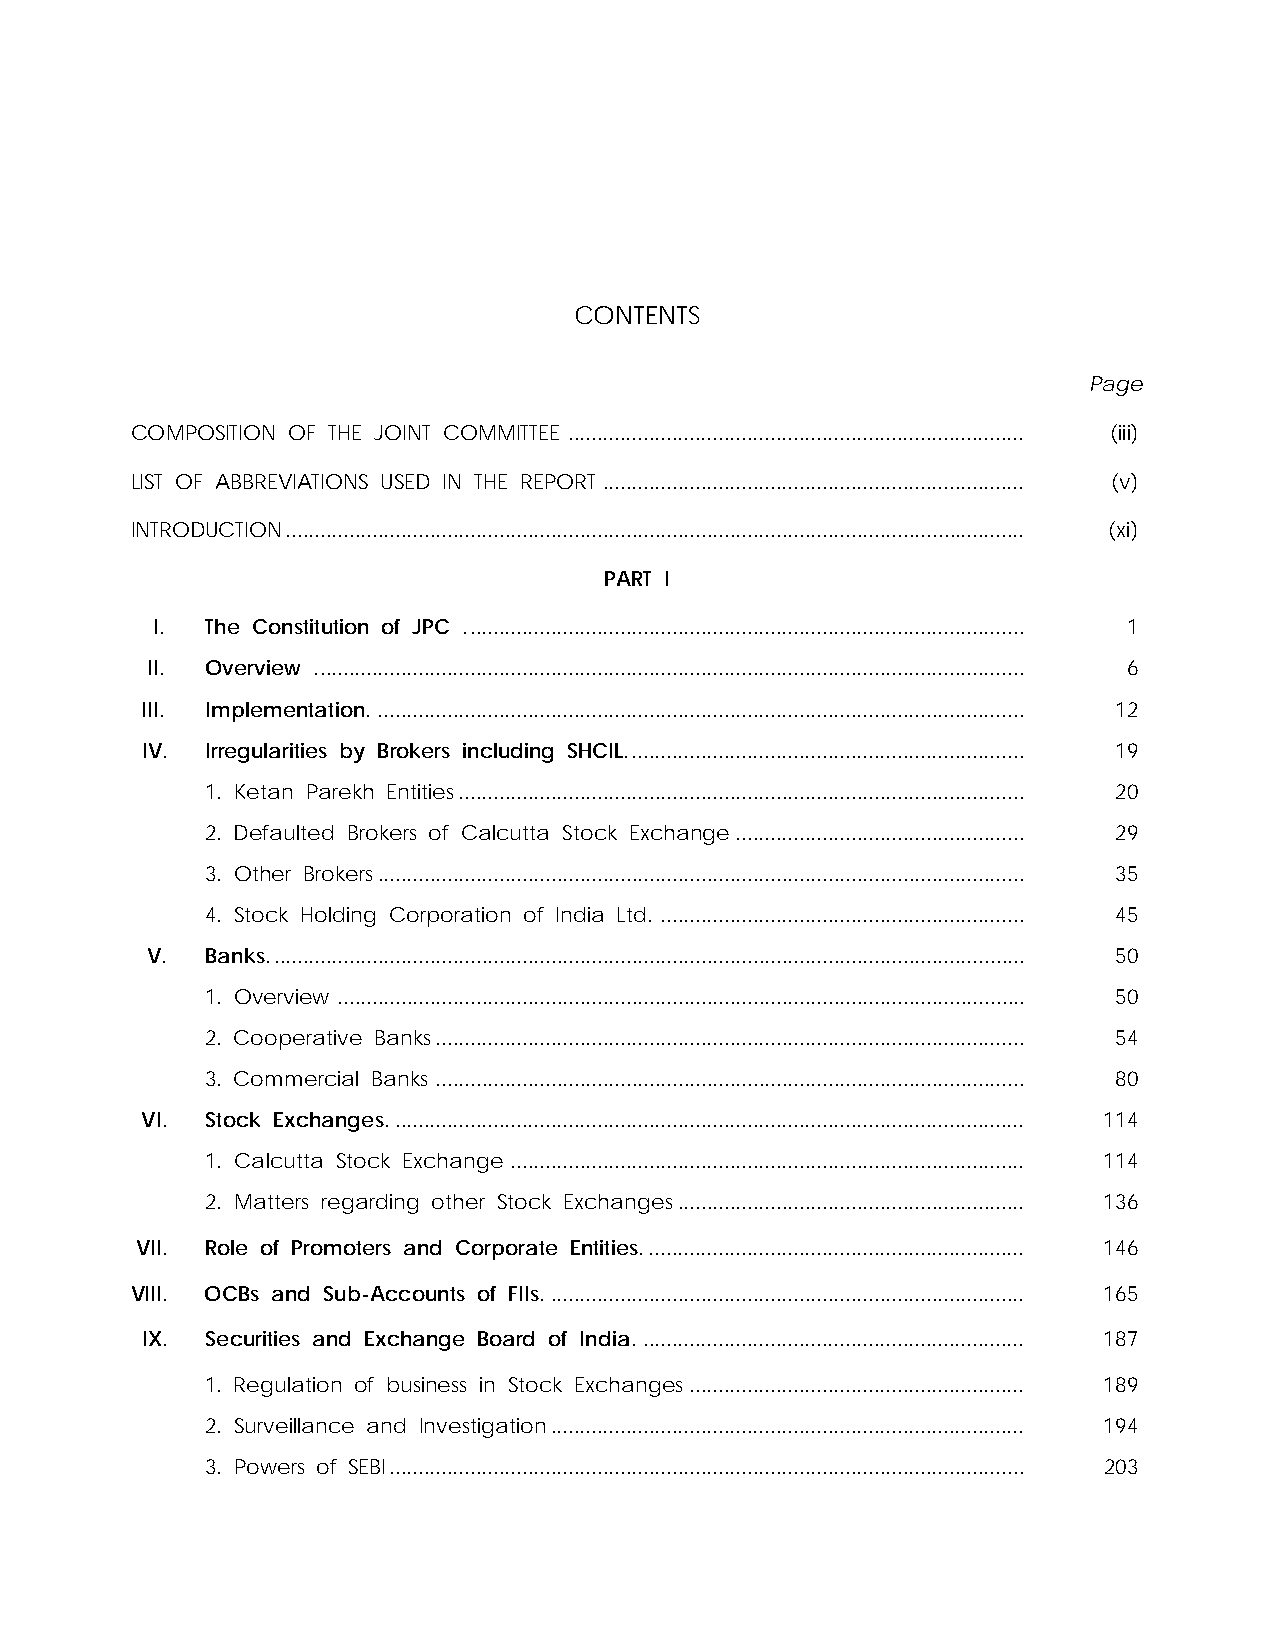
CONTENTS
 Page
 COMPOSITION OF THE JOINT COMMITTEE ............................................................................... (iii)
 LIST OF ABBREVIATIONS USED IN THE REPORT ......................................................................... (v)
 INTRODUCTION................................................................................................................................ (xi)
 PART I
 I.  The Constitution of JPC ................................................................................................. 1
 II. Overview ........................................................................................................................... 6
 III. Implementation. ................................................................................................................ 12
 IV.  Irregularities by Brokers including SHCIL..................................................................... 19
 1. Ketan Parekh Entities.................................................................................................. 20
 2. Defaulted Brokers of Calcutta Stock Exchange.................................................. 29
 3. Other Brokers................................................................................................................ 35
 4. Stock Holding Corporation of India Ltd. ............................................................... 45
 V.  Banks................................................................................................................................... 50
 1. Overview ....................................................................................................................... 50
 2. Cooperative Banks...................................................................................................... 54
 3. Commercial Banks ...................................................................................................... 80
 VI.  Stock Exchanges.............................................................................................................. 114
 1. Calcutta Stock Exchange ......................................................................................... 114
 2. Matters regarding other Stock Exchanges............................................................ 136
 VII. Role of Promoters and Corporate Entities.................................................................. 146
 VIII. OCBs and Sub-Accounts of FIIs. .................................................................................. 165
 IX.  Securities and Exchange Board of India. .................................................................. 187
 1. Regulation of business in Stock Exchanges.......................................................... 189
 2. Surveillance and Investigation.................................................................................. 194
 3. Powers of SEBI.............................................................................................................. 203